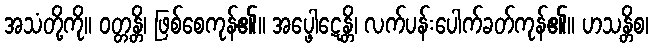
အသံတို့ကို။ ဝတ္တန္တိ၊ ဖြစ်စေကုန်၏။ အပ္ဖေါဋေန္တိ၊ လက်ပန်းပေါက်ခတ်ကုန်၏။ ဟသန္တိစ၊